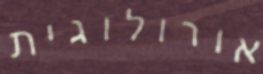
אורולוגית